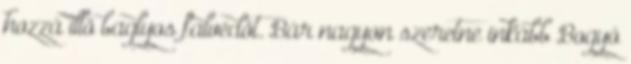
hozzá illö baglyos falvédöt. Bár nagyon szeretne inkább Bogyó